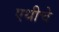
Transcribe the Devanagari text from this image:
एथीचे